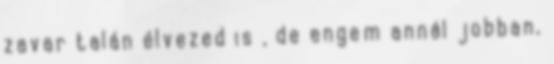
zavar talán élvezed is , de engem annál jobban,